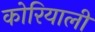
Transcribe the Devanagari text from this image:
कोरियाली